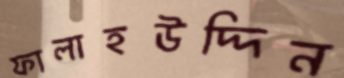
ফালাহউদ্দিন